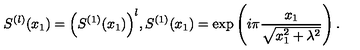
S ^ { ( l ) } ( x _ { 1 } ) = \Big ( S ^ { ( 1 ) } ( x _ { 1 } ) \Big ) ^ { l } , S ^ { ( 1 ) } ( x _ { 1 } ) = \exp \left( i \pi \frac { x _ { 1 } } { \sqrt { x _ { 1 } ^ { 2 } + \lambda ^ { 2 } } } \right) .